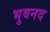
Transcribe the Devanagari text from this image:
भुवनद